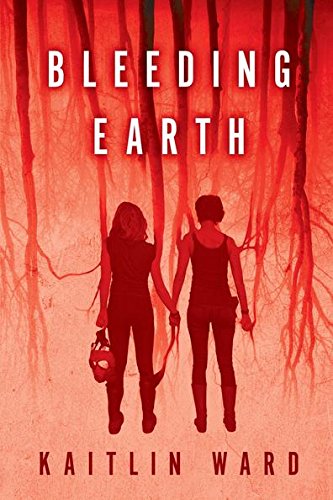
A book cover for Bleeding Earth; Kaitlin Ward; Teen & Young Adult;